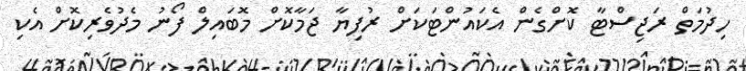
ހިދުމަތް ރަޖިސްޓާ ކޮށްގެން އެކައުންޓަކަށް ރުފިޔާ ޖަމާކޮށް މޮބައިލް ފޯނު މެދުވެރިކޮށް އެކި